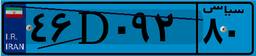
۴۶D۷۸۷۶۹